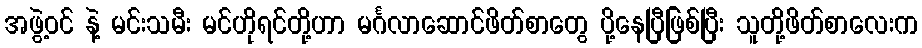
အဖွဲ့ဝင် နဲ့ မင်းသမီး မင်ဟိုရင်တို့ဟာ မင်္ဂလာဆောင်ဖိတ်စာတွေ ပို့နေပြီဖြစ်ပြီး သူတို့ဖိတ်စာလေးက